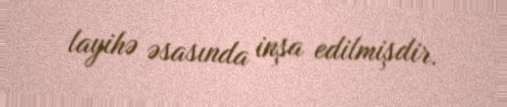
layihə əsasında inşa edilmişdir.